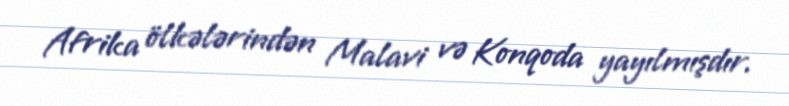
Afrika ölkələrindən Malavi və Konqoda yayılmışdır.